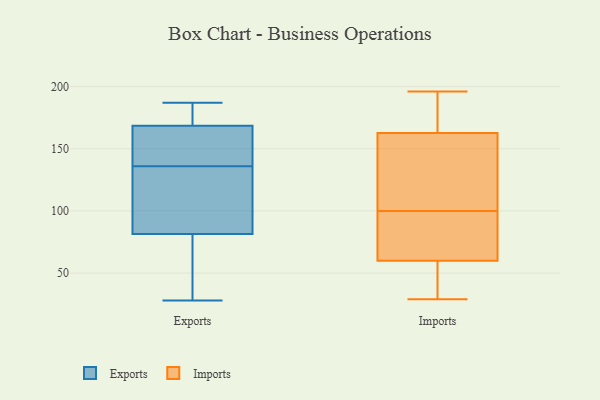
{"axis": {"x": "Headcount", "y": "Value"}, "legend": ["Exports", "Imports"], "data": [{"x": "", "y": 164, "type": "Exports"}, {"x": "", "y": 107, "type": "Exports"}, {"x": "", "y": 183, "type": "Exports"}, {"x": "", "y": 77, "type": "Exports"}, {"x": "", "y": 136, "type": "Exports"}, {"x": "", "y": 83, "type": "Exports"}, {"x": "", "y": 28, "type": "Exports"}, {"x": "", "y": 156, "type": "Exports"}, {"x": "", "y": 154, "type": "Exports"}, {"x": "", "y": 183, "type": "Exports"}, {"x": "", "y": 42, "type": "Exports"}, {"x": "", "y": 93, "type": "Exports"}, {"x": "", "y": 168, "type": "Exports"}, {"x": "", "y": 111, "type": "Exports"}, {"x": "", "y": 187, "type": "Exports"}, {"x": "", "y": 170, "type": "Exports"}, {"x": "", "y": 39, "type": "Exports"}, {"x": "", "y": 64, "type": "Imports"}, {"x": "", "y": 186, "type": "Imports"}, {"x": "", "y": 61, "type": "Imports"}, {"x": "", "y": 161, "type": "Imports"}, {"x": "", "y": 100, "type": "Imports"}, {"x": "", "y": 81, "type": "Imports"}, {"x": "", "y": 168, "type": "Imports"}, {"x": "", "y": 140, "type": "Imports"}, {"x": "", "y": 29, "type": "Imports"}, {"x": "", "y": 196, "type": "Imports"}, {"x": "", "y": 57, "type": "Imports"}, {"x": "", "y": 126, "type": "Imports"}, {"x": "", "y": 42, "type": "Imports"}]}